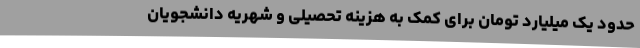
حدود یک میلیارد تومان برای کمک به هزینه تحصیلی و شهریه دانشجویان